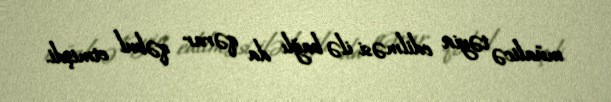
müalicə təyin edilməsi ilə bağlı da qərar qəbul etmişdi.